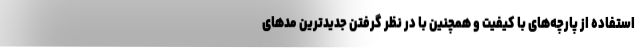
استفاده از پارچه‌های با کیفیت و همچنین با در نظر گرفتن جدیدترین مدهای